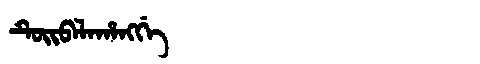
Manchu: ᡨᡠᡳᠪᠠᠯᠠᡥᠠᠩᡤᡝ
Romanization: TUIBALAHANGGE